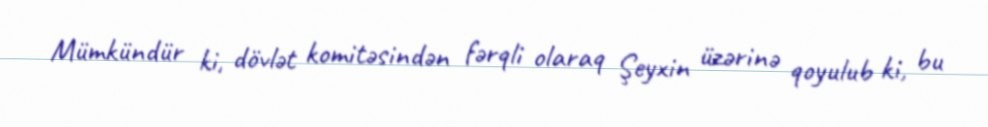
Mümkündür ki, dövlət komitəsindən fərqli olaraq Şeyxin üzərinə qoyulub ki, bu